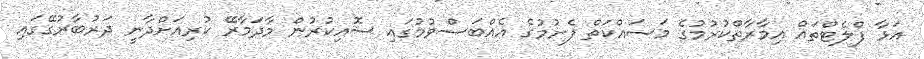
އަޅާ ފްލެޓްތައް އިމާރާތްކުރުމުގެ މަސައްކަތް ފެށުމުގެ އެއްބަސްވުމުގައި ސޮއިކުރުން މާދަމާރޭ ކުރިއަށްދާނީ ދަރުބާރުގޭގައި